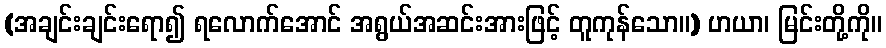
(အချင်းချင်းရော၍ ရလောက်အောင် အရွယ်အဆင်းအားဖြင့် တူကုန်သော။) ဟယာ၊ မြင်းတို့ကို။